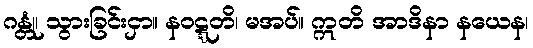
ဂန္တုံ၊ သွားခြင်းငှာ။ နဝဋ္ဋတိ၊ မအပ်။ ဣတိ အာဒိနာ နယေန၊